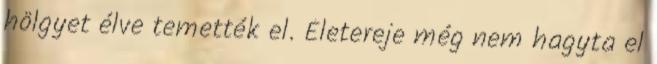
hölgyet élve temették el. Életereje még nem hagyta el